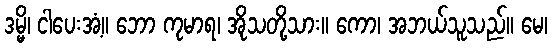
ဒမ္မိ၊ ငါပေးအံ့။ ဘော ကုမာရ၊ အိုသတို့သား။ ကော၊ အဘယ်သူသည်။ မေ၊